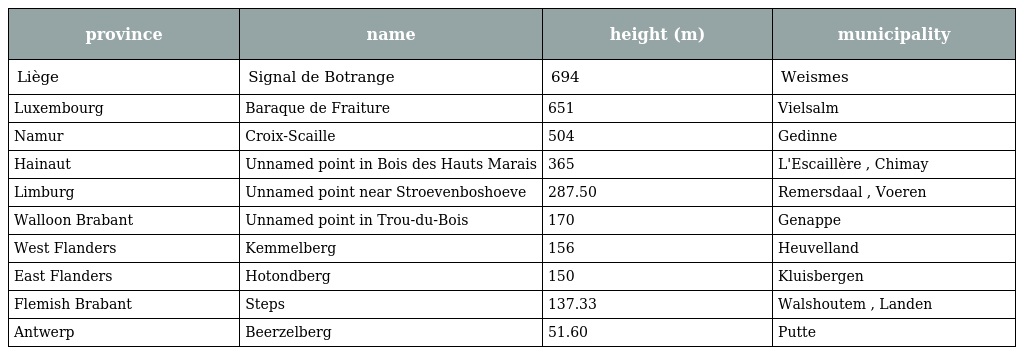
| province | name | height (m) | municipality |
 | --- | --- | --- | --- |
 | Liège | Signal de Botrange | 694 | Weismes |
 | Luxembourg | Baraque de Fraiture | 651 | Vielsalm |
 | Namur | Croix-Scaille | 504 | Gedinne |
 | Hainaut | Unnamed point in Bois des Hauts Marais | 365 | L'Escaillère , Chimay |
 | Limburg | Unnamed point near Stroevenboshoeve | 287.50 | Remersdaal , Voeren |
 | Walloon Brabant | Unnamed point in Trou-du-Bois | 170 | Genappe |
 | West Flanders | Kemmelberg | 156 | Heuvelland |
 | East Flanders | Hotondberg | 150 | Kluisbergen |
 | Flemish Brabant | Steps | 137.33 | Walshoutem , Landen |
 | Antwerp | Beerzelberg | 51.60 | Putte |